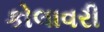
કોલાવરી